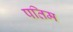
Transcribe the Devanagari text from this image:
पतिम